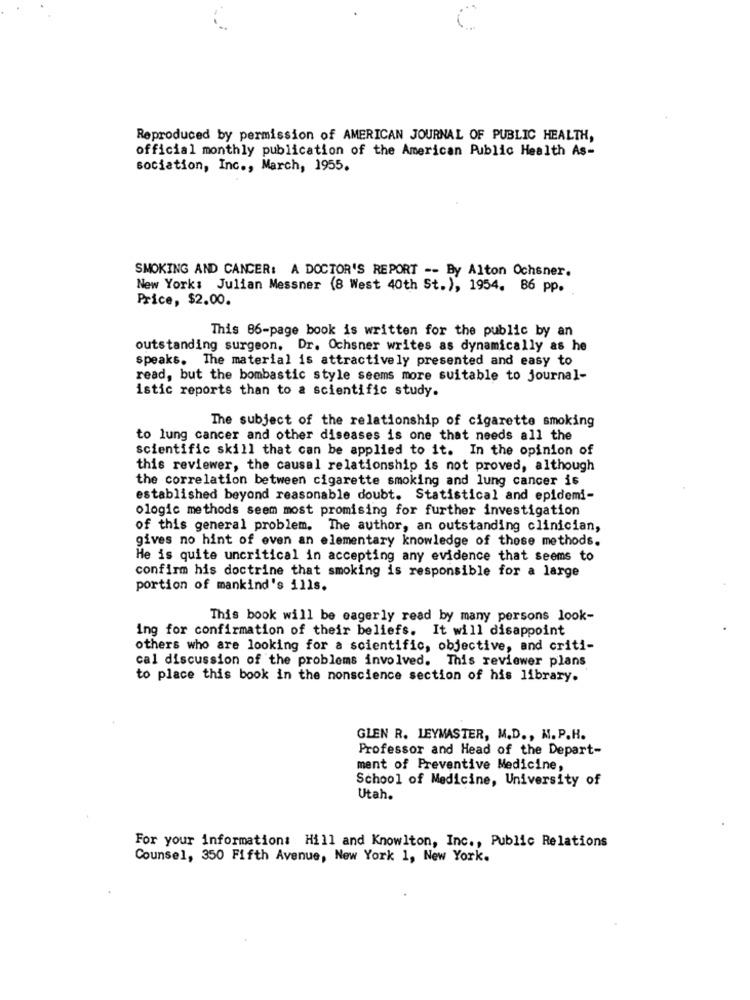
Reproduced by permission of AMERICAN JOURNAL OF PUBLIC HEALTH,
official monthly publication of the American Public Health As-
sociation, Inc ., March, 1955.
SMOKING AND CANCER: A DOCTOR'S REPORT -- By Alton Ochsner.
New York: Julian Messner (8 West 40th St.), 1954. 86 pp.
Price, $2.00.
This 86-page book is written for the public by an
outstanding surgeon. Dr. Ochsner writes as dynamically as he
speaks. The material is attractively presented and easy to
read, but the bombastic style seems more suitable to journal-
istic reports than to a scientific study.
The subject of the relationship of cigarette smoking
to lung cancer and other diseases is one that needs all the
scientific skill that can be applied to it. In the opinion of
this reviewer, the causal relationship is not proved, although
the correlation between cigarette smoking and lung cancer is
established beyond reasonable doubt. Statistical and epidemi-
ologic methods seem most promising for further investigation
of this general problem. The author, an outstanding clinician,
gives no hint of even an elementary knowledge of these methods.
He is quite uncritical in accepting any evidence that seems to
confirm his doctrine that smoking is responsible for a large
portion of mankind's ills.
This book will be eagerly read by many persons look-
ing for confirmation of their beliefs. It will disappoint
others who are looking for a scientific, objective, and criti-
cal discussion of the problems involved. This reviewer plans
to place this book in the nonscience section of his library.
GLEN R. LEYMASTER, M.D ., M. P.H.
Professor and Head of the Depart-
ment of Preventive Medicine,
School of Medicine, University of
Utah.
For your information: Hill and Knowlton, Inc ., Public Relations
Counsel, 350 Fifth Avenue, New York 1, New York.